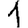
Digit: 1